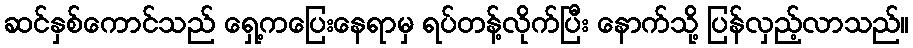
ဆင်နှစ်ကောင်သည် ရှေ့ကပြေးနေရာမှ ရပ်တန့်လိုက်ပြီး နောက်သို့ ပြန်လှည့်လာသည်။